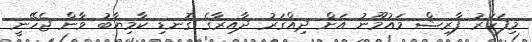
މިފަހަރު ފާރިޝް މައުމޫނު އަށް ދިއްގަރު ދާއިރާގެ ގޮނޑި ކާމިޔާބު ވާން ޖެހޭނީ